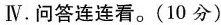
IV. 问答连连看。（10分）